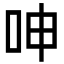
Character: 呻